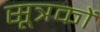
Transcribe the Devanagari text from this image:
सूत्रकों